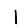
Digit: 1